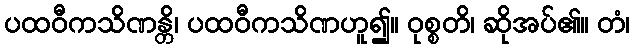
ပထဝီကသိဏန္တိ၊ ပထဝီကသိဏဟူ၍။ ဝုစ္စတိ၊ ဆိုအပ်၏။ တံ၊